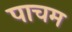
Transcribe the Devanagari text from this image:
पाचम